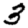
Digit: 3